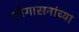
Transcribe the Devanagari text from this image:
योगासनांच्या